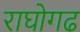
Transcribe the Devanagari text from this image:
राघोगढ